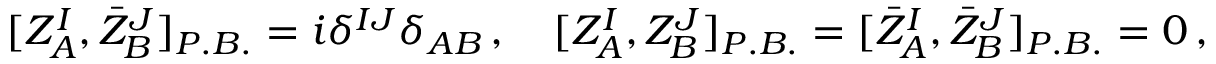
[ { \cal Z } _ { A } ^ { I } , \bar { \cal Z } _ { B } ^ { J } ] _ { P . B . } = i \delta ^ { I J } \delta _ { A B } \, , \quad [ { \cal Z } _ { A } ^ { I } , { \cal Z } _ { B } ^ { J } ] _ { P . B . } = [ \bar { \cal Z } _ { A } ^ { I } , \bar { \cal Z } _ { B } ^ { J } ] _ { P . B . } = 0 \, ,